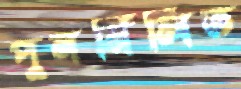
পুনর্মিলিত